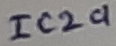
Text: IC2a